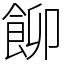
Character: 飹